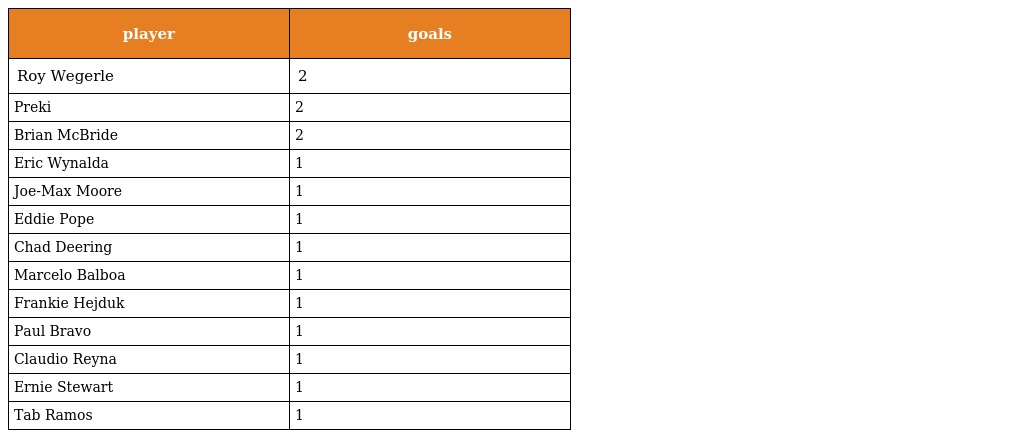
| player | goals |
 | --- | --- |
 | Roy Wegerle | 2 |
 | Preki | 2 |
 | Brian McBride | 2 |
 | Eric Wynalda | 1 |
 | Joe-Max Moore | 1 |
 | Eddie Pope | 1 |
 | Chad Deering | 1 |
 | Marcelo Balboa | 1 |
 | Frankie Hejduk | 1 |
 | Paul Bravo | 1 |
 | Claudio Reyna | 1 |
 | Ernie Stewart | 1 |
 | Tab Ramos | 1 |